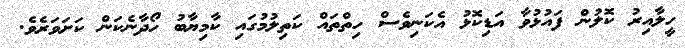
ހީލާއިރު ކޮލުން ފައުޅުވާ އަޑިކޮޅު އެކަނިވެސް ހިތްތައް ކަތިލުމުގައި ކާމިޔާބު ހޯދާނެކަން ކަށަވަރެވެ.